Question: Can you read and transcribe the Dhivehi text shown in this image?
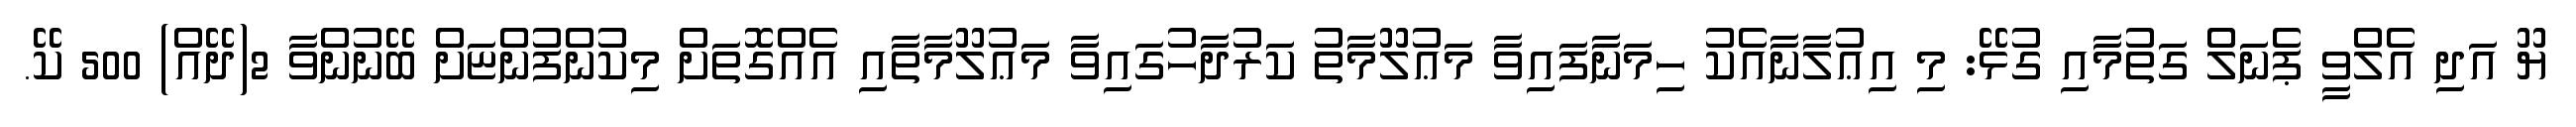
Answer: ޔޫ އަދި އެލްވީ ޕެނަލް ގަތުމާއި ގުޅޭ: މި އިޢުލާނާއެކު ހިމަނާފައިވާ މަޢުލޫމާތު ކަރުދާހުގައިވާ މަޢުލޫމާތާއި އެއްގޮތަށް މިކުންފުންޏަށް ބޭނުންވާ 2(ދޭއް) 500 ކޭ.